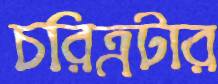
চরিত্রটার